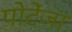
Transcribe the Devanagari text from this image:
पोटेंजा